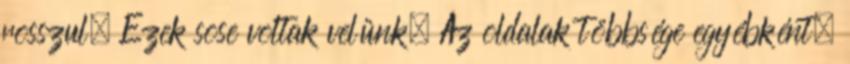
rosszul. Ezek sose voltak velünk. Az oldalak többsége egyébként,